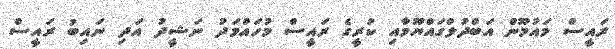
ރައީސް މައުމޫން އަބްދުލްގައްޔޫމާއި ކުރީގެ ރައީސް މުހައްމަދު ނަޝީދު އަދި ނައިބު ރައީސް